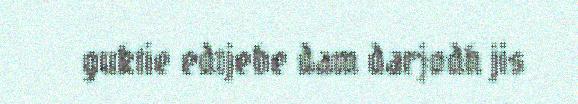
guktie edtjebe dam darjodh jis